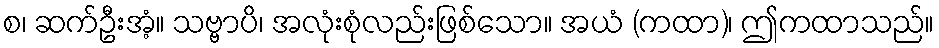
စ၊ ဆက်ဦးအံ့။ သဗ္ဗာပိ၊ အလုံးစုံလည်းဖြစ်သော။ အယံ (ကထာ)၊ ဤကထာသည်။